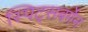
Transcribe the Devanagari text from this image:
स्पिट्सबर्गेन